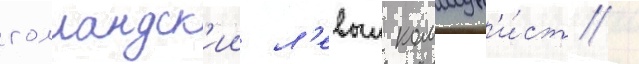
голландск'ии л'евыи коммун'и́ст /